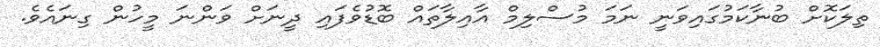
ތިލަކޮށް ބުނާކަމުގައިވަނީ ނަމަ މުސްލިމް އާއިލާތައް ބޮޑުވެފައި ދީނަށް ވަންނަ މީހުން ގިނައެވެ.